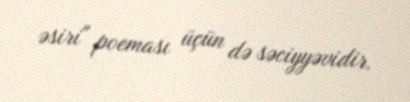
əsiri" poeması üçün də səciyyəvidir.